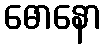
ဓောနော